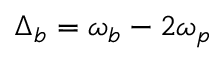
\Delta _ { b } = \omega _ { b } - 2 \omega _ { p }